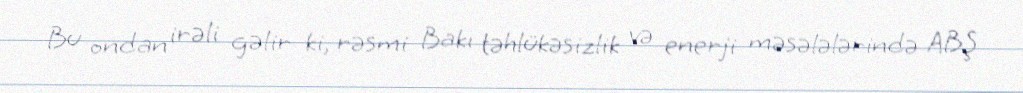
Bu ondan irəli gəlir ki, rəsmi Bakı təhlükəsizlik və enerji məsələlərində ABŞ